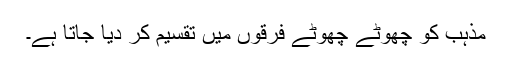
مذہب کو چھوٹے چھوٹے فرقوں میں تقسیم کر دیا جاتا ہے۔